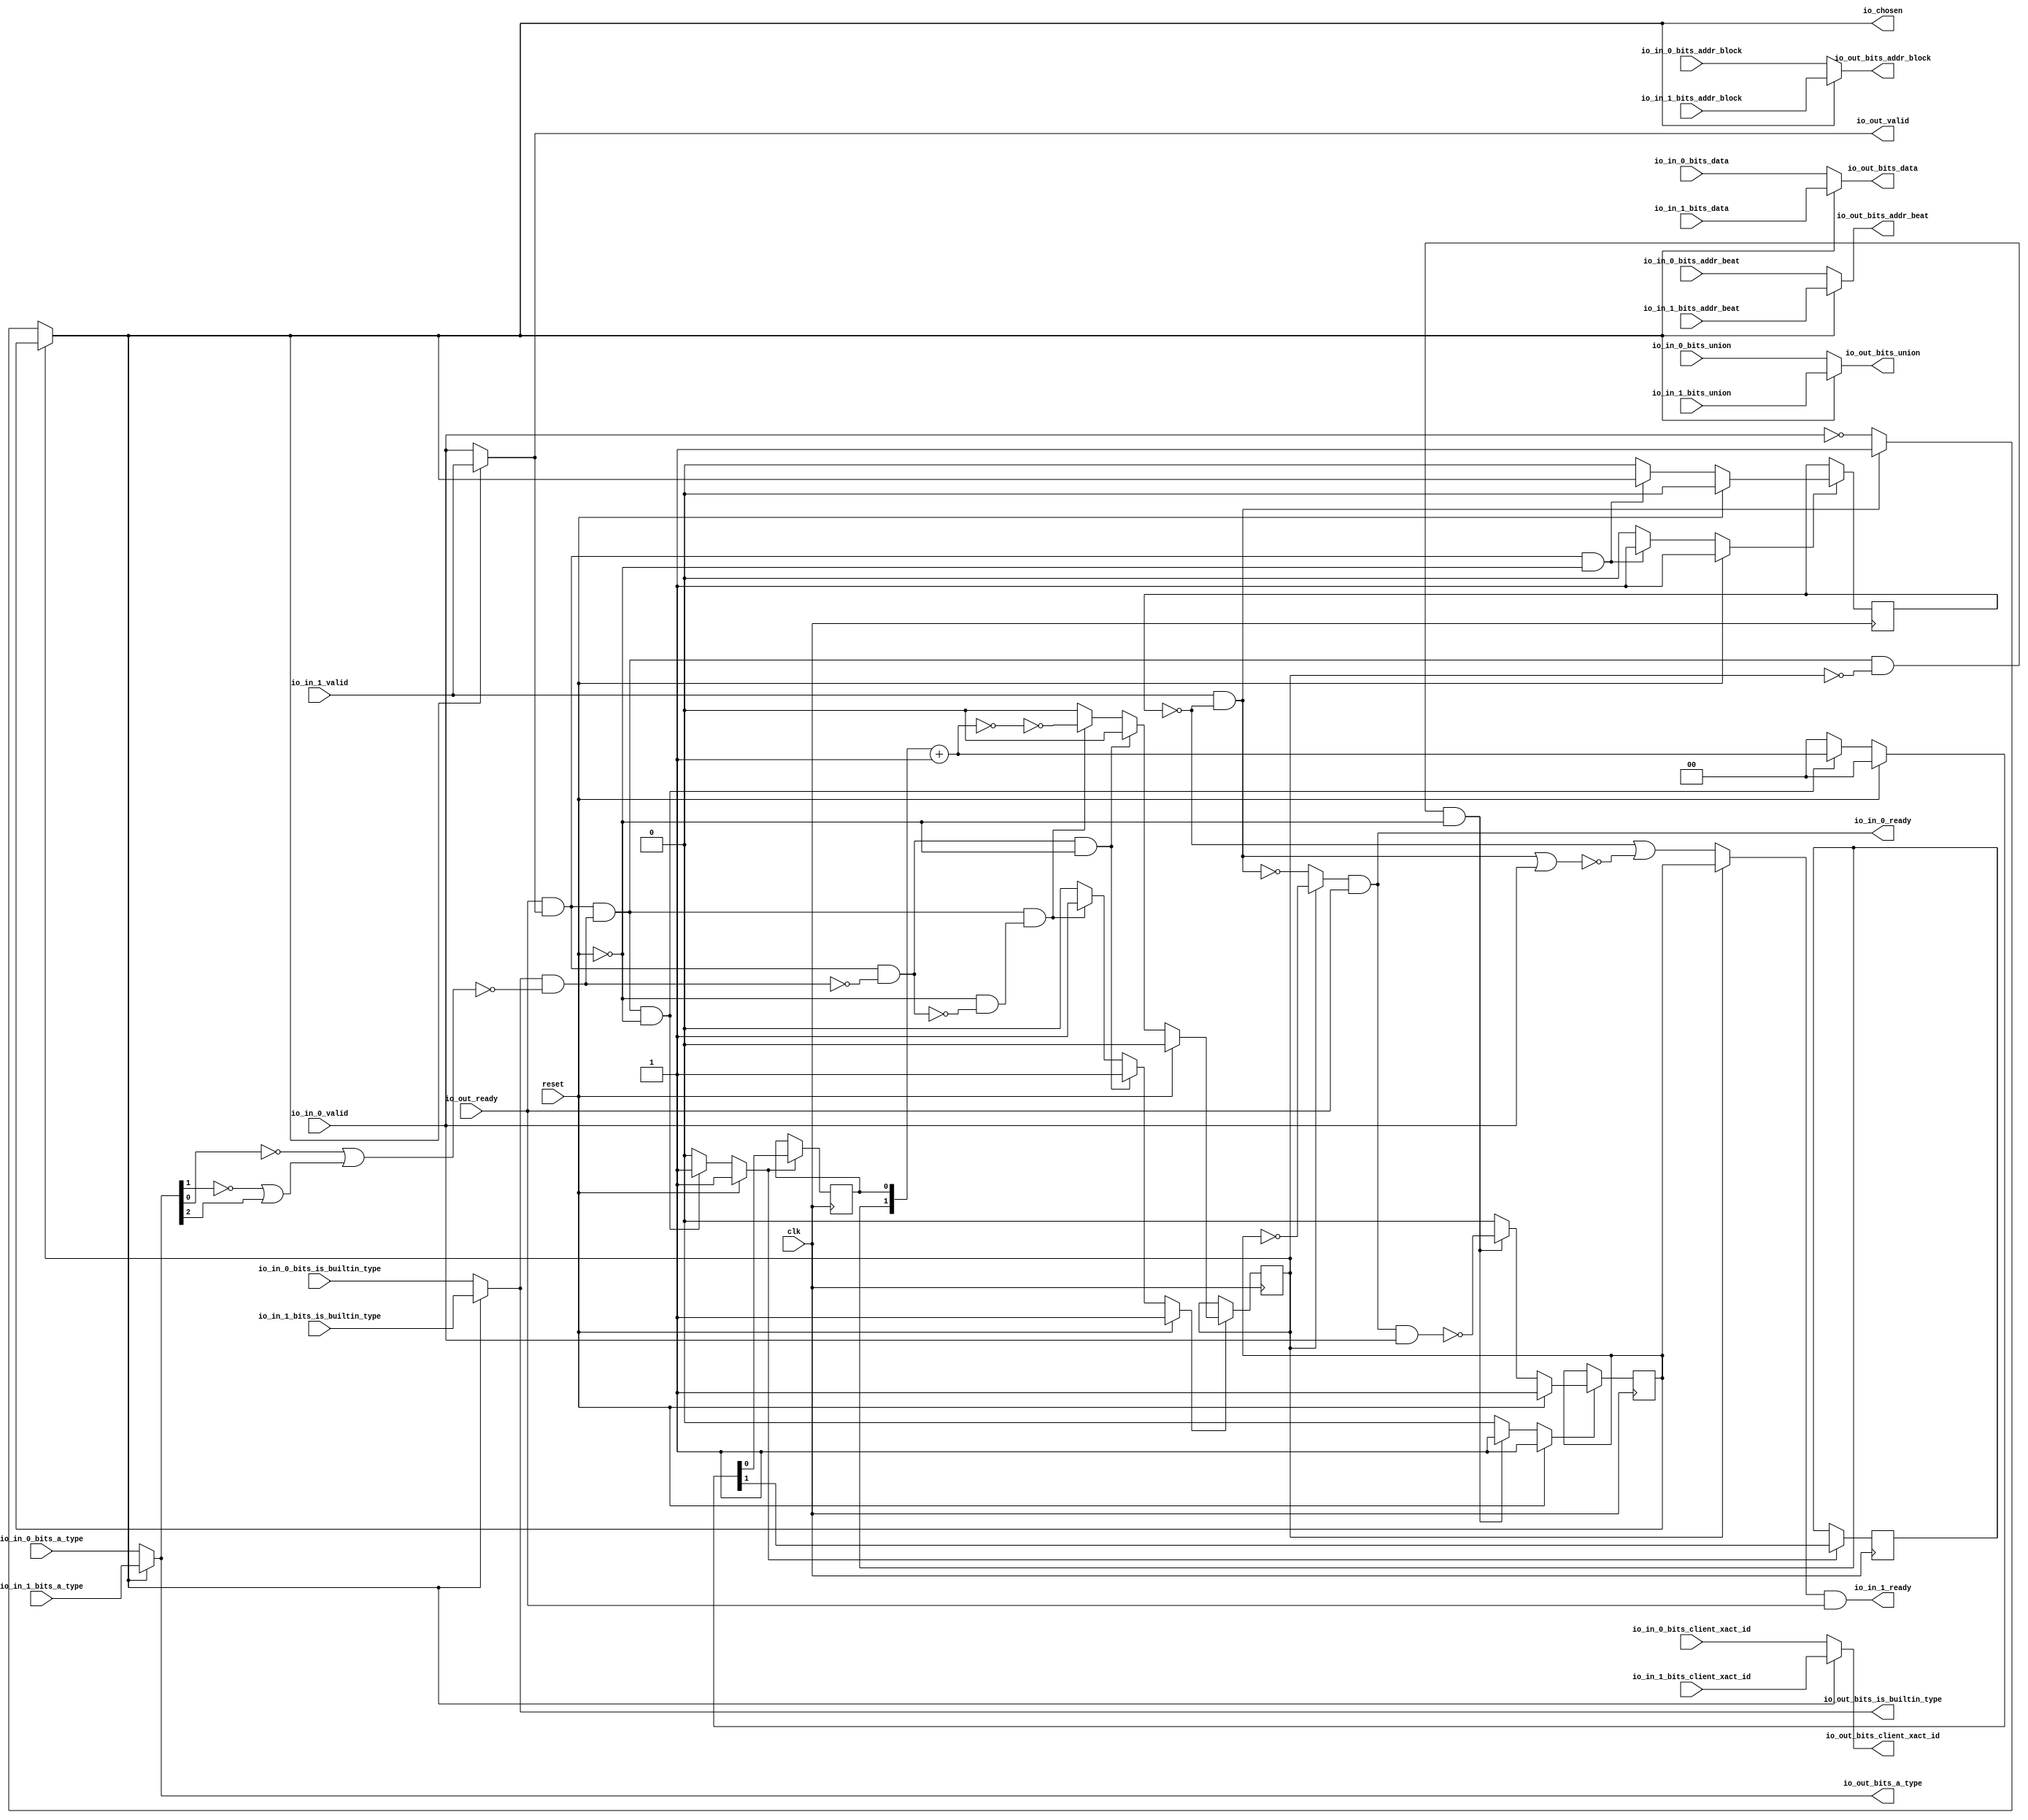
module LockingRRArbiter_4
(
  clk,
  reset,
  io_in_1_ready,
  io_in_1_valid,
  io_in_1_bits_addr_block,
  io_in_1_bits_client_xact_id,
  io_in_1_bits_addr_beat,
  io_in_1_bits_is_builtin_type,
  io_in_1_bits_a_type,
  io_in_1_bits_union,
  io_in_1_bits_data,
  io_in_0_ready,
  io_in_0_valid,
  io_in_0_bits_addr_block,
  io_in_0_bits_client_xact_id,
  io_in_0_bits_addr_beat,
  io_in_0_bits_is_builtin_type,
  io_in_0_bits_a_type,
  io_in_0_bits_union,
  io_in_0_bits_data,
  io_out_ready,
  io_out_valid,
  io_out_bits_addr_block,
  io_out_bits_client_xact_id,
  io_out_bits_addr_beat,
  io_out_bits_is_builtin_type,
  io_out_bits_a_type,
  io_out_bits_union,
  io_out_bits_data,
  io_chosen
);

  input [25:0] io_in_1_bits_addr_block;
  input [3:0] io_in_1_bits_client_xact_id;
  input [1:0] io_in_1_bits_addr_beat;
  input [2:0] io_in_1_bits_a_type;
  input [16:0] io_in_1_bits_union;
  input [127:0] io_in_1_bits_data;
  input [25:0] io_in_0_bits_addr_block;
  input [3:0] io_in_0_bits_client_xact_id;
  input [1:0] io_in_0_bits_addr_beat;
  input [2:0] io_in_0_bits_a_type;
  input [16:0] io_in_0_bits_union;
  input [127:0] io_in_0_bits_data;
  output [25:0] io_out_bits_addr_block;
  output [3:0] io_out_bits_client_xact_id;
  output [1:0] io_out_bits_addr_beat;
  output [2:0] io_out_bits_a_type;
  output [16:0] io_out_bits_union;
  output [127:0] io_out_bits_data;
  input clk;
  input reset;
  input io_in_1_valid;
  input io_in_1_bits_is_builtin_type;
  input io_in_0_valid;
  input io_in_0_bits_is_builtin_type;
  input io_out_ready;
  output io_in_1_ready;
  output io_in_0_ready;
  output io_out_valid;
  output io_out_bits_is_builtin_type;
  output io_chosen;
  wire [25:0] io_out_bits_addr_block;
  wire [3:0] io_out_bits_client_xact_id;
  wire [1:0] io_out_bits_addr_beat,T19;
  wire [2:0] io_out_bits_a_type;
  wire [16:0] io_out_bits_union;
  wire [127:0] io_out_bits_data;
  wire io_in_1_ready,io_in_0_ready,io_out_valid,io_out_bits_is_builtin_type,io_chosen,
  N0,N1,N2,N3,N4,N5,N6,N7,N8,N9,choose,T2,N10,T3,T5,T9,T8,T11,T10,T14,T12,T22,T17,
  T18,T23,N11,T34,T35,T42,T36,T37,T40,T38,T39,T41,T45,T46,T50,T47,T48,T49,T52,T51,
  N12,N13,N14,N15,N16,N17,N18,N19,N20,N21,N22,N23,N24,N25,N26,N27,N28,N29,N30,N31,
  N32,N33,N34,N35,N36,N37,N38,N39,N40,N41,N42,N43,N44,N45;
  reg last_grant,lockIdx,locked;
  reg [1:0] R20;
  assign T18 = T19 == 1'b0;
  assign T41 = N0 & 1'b0;
  assign N0 = ~last_grant;
  assign T42 = N1 & 1'b0;
  assign N1 = ~last_grant;

  always @(posedge clk) begin
    if(N14) begin
      last_grant <= N15;
    end 
  end


  always @(posedge clk) begin
    if(N18) begin
      lockIdx <= N19;
    end 
  end


  always @(posedge clk) begin
    if(N23) begin
      locked <= N24;
    end 
  end


  always @(posedge clk) begin
    if(N27) begin
      R20[1] <= N29;
    end 
  end


  always @(posedge clk) begin
    if(N27) begin
      R20[0] <= N28;
    end 
  end

  assign N38 = ~T8;
  assign N39 = ~lockIdx;
  assign N40 = ~io_out_bits_a_type[1];
  assign N41 = ~io_out_bits_a_type[0];
  assign N42 = N40 | io_out_bits_a_type[2];
  assign N43 = N41 | N42;
  assign N44 = ~N43;
  assign N45 = ~io_in_0_valid;
  assign T19 = R20 + 1'b1;
  assign io_chosen = (N2)? lockIdx : 
                     (N3)? choose : 1'b0;
  assign N2 = locked;
  assign N3 = N9;
  assign choose = (N4)? 1'b1 : 
                  (N5)? N45 : 1'b0;
  assign N4 = T2;
  assign N5 = N10;
  assign io_out_bits_data = (N6)? io_in_1_bits_data : 
                            (N7)? io_in_0_bits_data : 1'b0;
  assign N6 = io_chosen;
  assign N7 = N11;
  assign io_out_bits_union = (N6)? io_in_1_bits_union : 
                             (N7)? io_in_0_bits_union : 1'b0;
  assign io_out_bits_a_type = (N6)? io_in_1_bits_a_type : 
                              (N7)? io_in_0_bits_a_type : 1'b0;
  assign io_out_bits_is_builtin_type = (N6)? io_in_1_bits_is_builtin_type : 
                                       (N7)? io_in_0_bits_is_builtin_type : 1'b0;
  assign io_out_bits_addr_beat = (N6)? io_in_1_bits_addr_beat : 
                                 (N7)? io_in_0_bits_addr_beat : 1'b0;
  assign io_out_bits_client_xact_id = (N6)? io_in_1_bits_client_xact_id : 
                                      (N7)? io_in_0_bits_client_xact_id : 1'b0;
  assign io_out_bits_addr_block = (N6)? io_in_1_bits_addr_block : 
                                  (N7)? io_in_0_bits_addr_block : 1'b0;
  assign io_out_valid = (N6)? io_in_1_valid : 
                        (N7)? io_in_0_valid : 1'b0;
  assign T34 = (N2)? N39 : 
               (N3)? T35 : 1'b0;
  assign T45 = (N2)? lockIdx : 
               (N3)? T46 : 1'b0;
  assign N14 = (N8)? 1'b1 : 
               (N31)? 1'b1 : 
               (N13)? 1'b0 : 1'b0;
  assign N8 = reset;
  assign N15 = (N8)? 1'b0 : 
               (N31)? io_chosen : 1'b0;
  assign N18 = (N8)? 1'b1 : 
               (N32)? 1'b1 : 
               (N17)? 1'b0 : 1'b0;
  assign N19 = (N8)? 1'b1 : 
               (N32)? N38 : 1'b0;
  assign N23 = (N8)? 1'b1 : 
               (N33)? 1'b1 : 
               (N36)? 1'b1 : 
               (N22)? 1'b0 : 1'b0;
  assign N24 = (N8)? 1'b0 : 
               (N33)? 1'b0 : 
               (N36)? T17 : 1'b0;
  assign N27 = (N8)? 1'b1 : 
               (N37)? 1'b1 : 
               (N26)? 1'b0 : 1'b0;
  assign { N29, N28 } = (N8)? { 1'b0, 1'b0 } : 
                        (N37)? T19 : 1'b0;
  assign N9 = ~locked;
  assign N10 = ~T2;
  assign T2 = io_in_1_valid & T3;
  assign T3 = ~last_grant;
  assign T5 = io_out_ready & io_out_valid;
  assign T8 = io_in_0_ready & io_in_0_valid;
  assign T9 = T11 & T10;
  assign T10 = ~locked;
  assign T11 = T14 & T12;
  assign T12 = io_out_bits_is_builtin_type & N44;
  assign T14 = io_out_valid & io_out_ready;
  assign T17 = ~T18;
  assign T22 = T14 & T23;
  assign T23 = ~T12;
  assign N11 = ~io_chosen;
  assign io_in_0_ready = T34 & io_out_ready;
  assign T35 = T42 | T36;
  assign T36 = ~T37;
  assign T37 = T40 | T38;
  assign T38 = io_in_1_valid & T39;
  assign T39 = ~last_grant;
  assign T40 = io_in_0_valid & T41;
  assign io_in_1_ready = T45 & io_out_ready;
  assign T46 = T50 | T47;
  assign T47 = ~T48;
  assign T48 = T49 | io_in_0_valid;
  assign T49 = T40 | T38;
  assign T50 = T52 & T51;
  assign T51 = ~last_grant;
  assign T52 = ~T40;
  assign N12 = T5 | reset;
  assign N13 = ~N12;
  assign N16 = T9 | reset;
  assign N17 = ~N16;
  assign N20 = T22 | reset;
  assign N21 = T11 | N20;
  assign N22 = ~N21;
  assign N25 = T11 | reset;
  assign N26 = ~N25;
  assign N30 = ~reset;
  assign N31 = T5 & N30;
  assign N32 = T9 & N30;
  assign N33 = T22 & N30;
  assign N34 = ~T22;
  assign N35 = N30 & N34;
  assign N36 = T11 & N35;
  assign N37 = T11 & N30;

endmodule